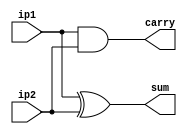
`timescale 1ns / 1ps
//////////////////////////////////////////////////////////////////////////////////

// ID     : N180116
//Branch  : ECE
//Project : RTL design using Verilog
//Design  :Half Adder using Data Flow Model
//Module  :Main Desig  Module
//RGUKT NUZVID 
//////////////////////////////////////////////////////////////////////////////////


module half_adder(ip1,ip2,sum,carry);
input ip1,ip2;
output sum,carry;
assign sum=ip1^ip2;
assign carry=ip1&ip2;
endmodule